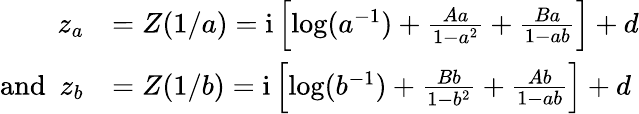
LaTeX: \begin{array}{rl}{z_{a}}&{=Z(1/a)=\mathrm{i}\left[\log(a^{-1})+\frac{Aa}{1-a^{2}}+\frac{Ba}{1-ab}\right]+d}\\ {\mathrm{and}~~z_{b}}&{=Z(1/b)=\mathrm{i}\left[\log(b^{-1})+\frac{Bb}{1-b^{2}}+\frac{Ab}{1-ab}\right]+d}\end{array}